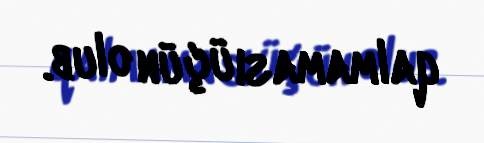
qalmaması üçün olub.